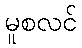
မူစလင်